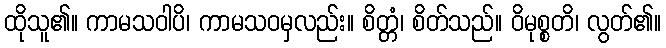
ထိုသူ၏။ ကာမသဝါပိ၊ ကာမသဝမှလည်း။ စိတ္တံ၊ စိတ်သည်။ ဝိမုစ္စတိ၊ လွတ်၏။